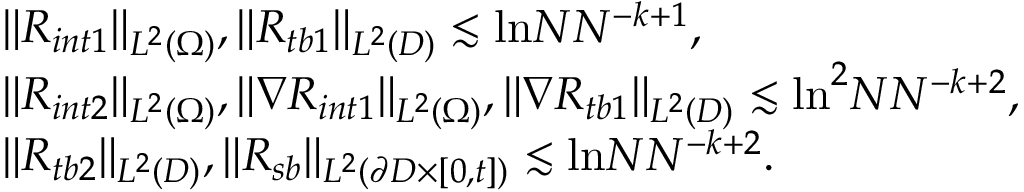
\begin{array} { r l } & { \| R _ { i n t 1 } \| _ { L ^ { 2 } ( \Omega ) } , \| R _ { t b 1 } \| _ { L ^ { 2 } ( D ) } \lesssim \mathrm { l n } N N ^ { - k + 1 } , } \\ & { \| R _ { i n t 2 } \| _ { L ^ { 2 } ( \Omega ) } , \| \nabla R _ { i n t 1 } \| _ { L ^ { 2 } ( \Omega ) } , \| \nabla R _ { t b 1 } \| _ { L ^ { 2 } ( D ) } \lesssim \mathrm { l n } ^ { 2 } N N ^ { - k + 2 } , } \\ & { \| R _ { t b 2 } \| _ { L ^ { 2 } ( D ) } , \| R _ { s b } \| _ { L ^ { 2 } ( \partial D \times [ 0 , t ] ) } \lesssim \mathrm { l n } N N ^ { - k + 2 } . } \end{array}